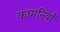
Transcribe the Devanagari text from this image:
कामनियाँ